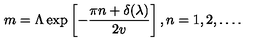
m = \Lambda \exp \left[ - \frac { \pi n + \delta ( \lambda ) } { 2 v } \right] , n = 1 , 2 , \ldots .